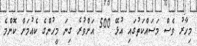
މިހާރު ވެސް މަސައްކަތުގައި އުޅޭ 500 އަށްވުރެ ގިނަ މީހުންގެ ކެއުމަށް ކޮންމެ